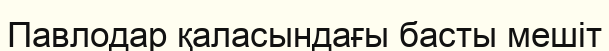
Павлодар қаласындағы басты мешіт